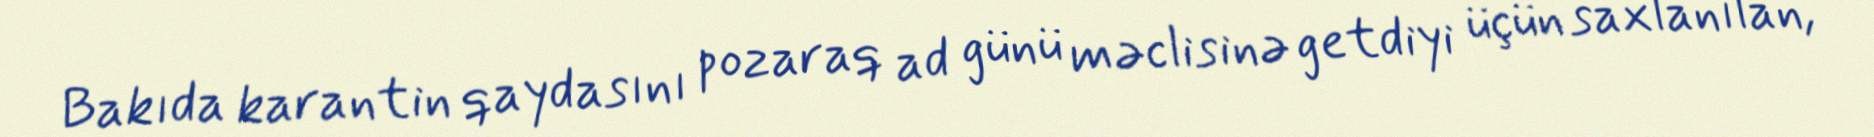
Bakıda karantin qaydasını pozaraq ad günü məclisinə getdiyi üçün saxlanılan,